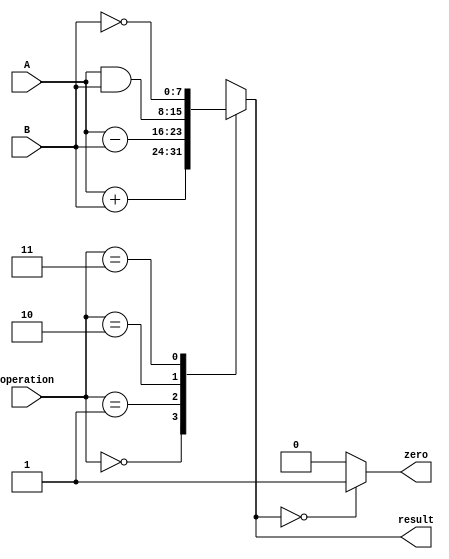
module ALU (operation, A, B, result, zero);
    input [1:0] operation;
    input [7:0] A;
    input [7:0] B;
    output reg [7:0] result; 
    output zero;

    parameter [1:0] ADD = 2'd0 , SUB = 2'd1 , AND = 2'd2, NOT = 2'd3;

    always @(A, B, operation) begin
        result = 8'd0;
        case (operation)
            ADD : result = A+B;
            SUB : result = A-B;
            AND : result = A & B;
            NOT : result = ~B;
            default : result = 8'd0;
        endcase
    end

    assign zero = (result == 8'd0) ? 1'b1 : 1'b0;
endmodule